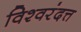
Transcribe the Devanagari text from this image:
विश्वरंदत्त